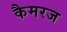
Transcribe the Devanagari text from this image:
कैमरज